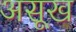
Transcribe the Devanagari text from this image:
असूख